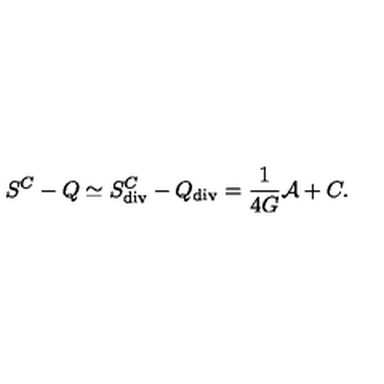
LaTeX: S ^ { C } - Q \simeq S _ { \tiny \mathrm { d i v } } ^ { C } - Q _ { \tiny \mathrm { d i v } } = { \frac { 1 } { 4 G } } { \cal A } + C .